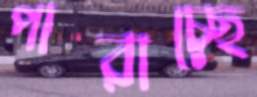
পারাচ্ছে